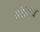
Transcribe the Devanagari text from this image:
अडेप्टिव